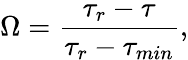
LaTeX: \Omega=\frac{\tau_{r}-\tau}{\tau_{r}-\tau_{min}},